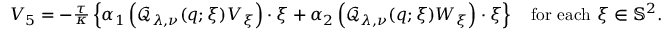
\begin{array} { r } { V _ { 5 } = - \frac { \tau } { \kappa } \left\lbrace \alpha _ { 1 } \left( \mathcal { Q } _ { \lambda , \nu } ( q ; \xi ) V _ { \xi } \right) \cdot \xi + \alpha _ { 2 } \left( \mathcal { Q } _ { \lambda , \nu } ( q ; \xi ) W _ { \xi } \right) \cdot \xi \right\rbrace \quad \mathrm { f o r ~ e a c h } ~ \xi \in \mathbb { S } ^ { 2 } . } \end{array}